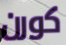
كورن